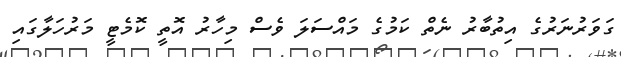
ގަވަރުނަރުގެ އިތުބާރު ނެތް ކަމުގެ މައްސަލަ ވެސް މިހާރު އޮތީ ކޮމެޓީ މަރުހަލާގައި